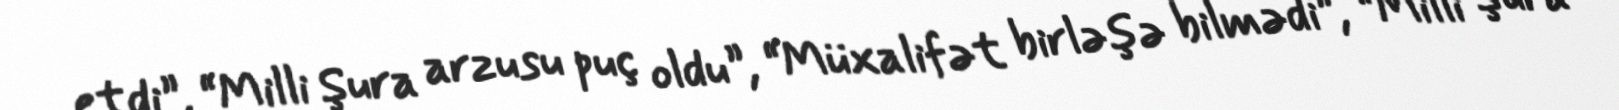
etdi”, “Milli Şura arzusu puç oldu”, “Müxalifət birləşə bilmədi”, “Milli Şura